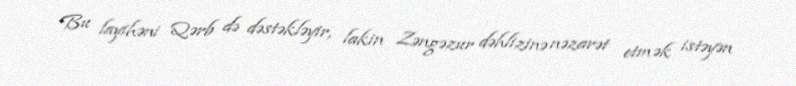
Bu layihəni Qərb də dəstəkləyir, lakin Zəngəzur dəhlizinə nəzarət etmək istəyən